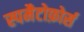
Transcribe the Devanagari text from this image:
स्पमैटोफ़ोर्स